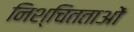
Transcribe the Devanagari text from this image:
निश्चितताओं